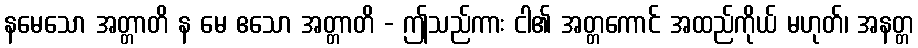
နမေသော အတ္တာတိ န မေ ဧသော အတ္တာတိ - ဤသည်ကား ငါ၏ အတ္တကောင် အထည်ကိုယ် မဟုတ်၊ အနတ္တ